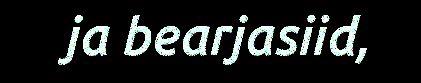
ja bearjasiid,